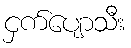
ငှက်ပျောသီး